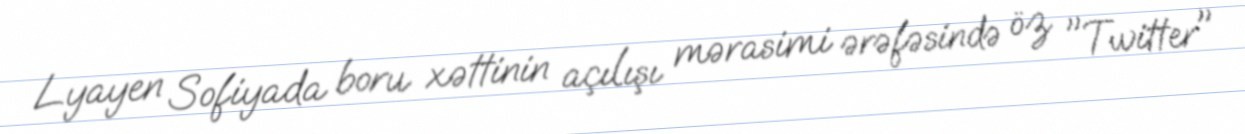
Lyayen Sofiyada boru xəttinin açılışı mərasimi ərəfəsində öz "Twitter"